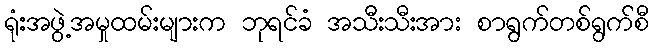
ရုံးအဖွဲ့အမှုထမ်းများက ဘုရင်ခံ အသီးသီးအား စာရွက်တစ်ရွက်စီ